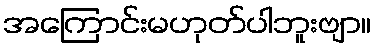
အကြောင်းမဟုတ်ပါဘူးဗျာ။